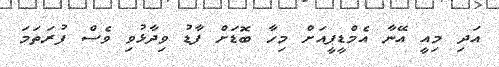
އަދި މިއީ އޭނާ އެމްޑީޕީއަށް މިހާ ބޮޑަށް ފާޑު ވިދާޅުވި ވެސް ފުރަތަމަ